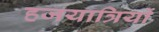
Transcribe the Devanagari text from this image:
हजयात्रियों